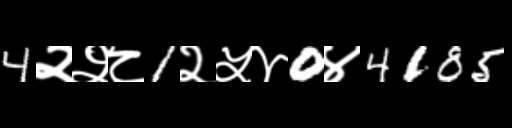
Text: 4२२८1२५४0४4185